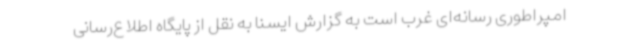
امپراطوری رسانه‌ای غرب است به گزارش ایسنا به نقل از پایگاه اطلاع‌رسانی